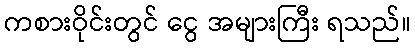
ကစားဝိုင်းတွင် ငွေ အများကြီး ရသည်။